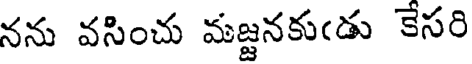
నను వసించు మజ్జనకుఁడు కేసరి